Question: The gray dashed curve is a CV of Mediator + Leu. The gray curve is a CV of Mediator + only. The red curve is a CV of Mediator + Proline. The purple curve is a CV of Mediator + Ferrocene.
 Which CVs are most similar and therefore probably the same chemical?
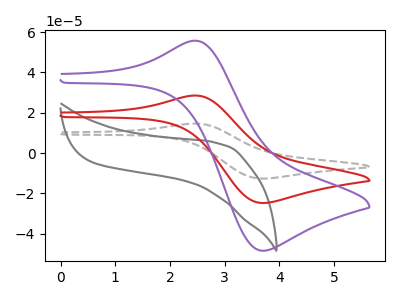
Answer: <think>The gray dashed curve "Mediator + Leu" has an anodic peak at (2.50V, 57.05uA) and a cathodic peak at (3.70V, -49.65uA). The gray curve "Mediator + only" has no peaks. The red curve "Mediator + Proline" has an anodic peak at (2.50V, 28.50uA) and a cathodic peak at (3.70V, -24.80uA). The purple curve "Mediator + Ferrocene" has an anodic peak at (2.50V, 55.75uA) and a cathodic peak at (3.70V, -48.50uA).
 "Mediator + Leu" and "Mediator + only" have a different number of peaks. All the peaks in "Mediator + Leu" have a peak in "Mediator + Proline" at the same potential. Every peak in "Mediator + Leu" is higher than every peak in "Mediator + Proline". All the peaks in "Mediator + Leu" have a peak in "Mediator + Ferrocene" at the same potential. Every peak in "Mediator + Leu" is higher than every peak in "Mediator + Ferrocene". "Mediator + only" and "Mediator + Proline" have a different number of peaks. "Mediator + only" and "Mediator + Ferrocene" have a different number of peaks. All the peaks in "Mediator + Proline" have a peak in "Mediator + Ferrocene" at the same potential. Every peak in "Mediator + Proline" is lower than every peak in "Mediator + Ferrocene".</think>
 <answer>"Mediator + Ferrocene", "Mediator + Leu" and "Mediator + Proline" have the same shape and are likely CV's of the same chemical.</answer>
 <eval>"Mediator + Ferrocene" "Mediator + Leu" "Mediator + Proline"</eval>